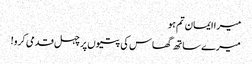
میرا ایمان تم ہو
میرے ساتھ گھاس کی پتیوں پر چہل قدمی کرو!